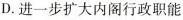
D.进一步扩大内阁行政职能